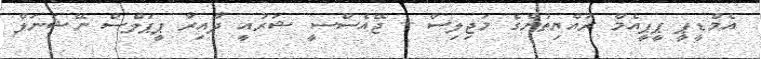
އެމްޑީޕީ ޕީޕީއެމް ރައްޔިތުންގެ މަޖިލިސް + ޖޭއެސްސީ ޝަރުއީ ދާއިރާ ޕީޕަލްސް ނޭޝަނަލް